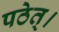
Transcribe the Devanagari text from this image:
पठेत्।